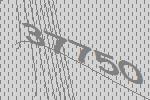
37750